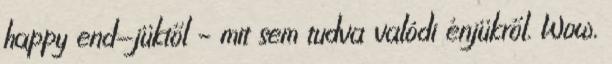
happy end-jüktől – mit sem tudva valódi énjükről. Wow,